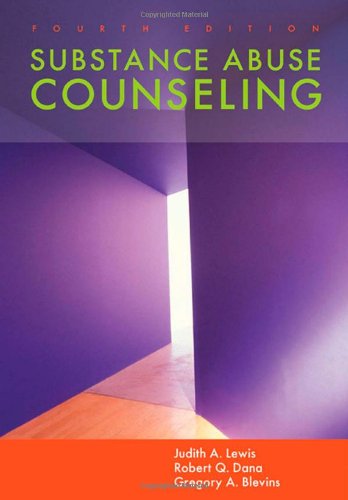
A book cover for Substance Abuse Counseling (SW 393R 23-Treatment of Chemical Dependency); Judith A. Lewis; Medical Books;